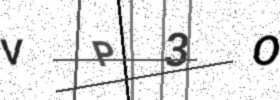
Text: VP3O